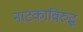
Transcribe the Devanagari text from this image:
नाटकाविरुद्ध